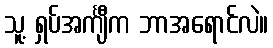
သူ့ ရှပ်အင်္ကျီက ဘာအရောင်လဲ။